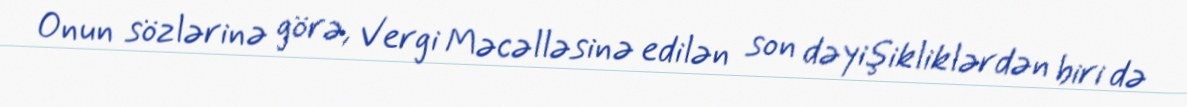
Onun sözlərinə görə, Vergi Məcəlləsinə edilən son dəyişikliklərdən biri də